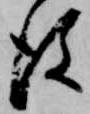
後